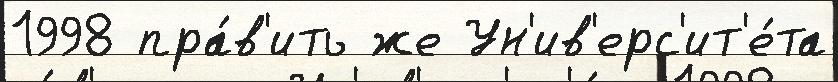
1998 пра́в'ить же Ун'ив'ерс'ит'е́та